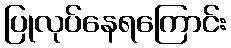
ပြုလုပ်နေရကြောင်း